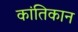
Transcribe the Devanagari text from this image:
कांतिकान